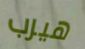
هيرب